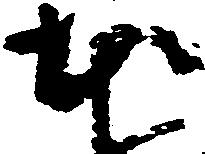
本